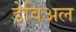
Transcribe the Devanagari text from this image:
डेविअल